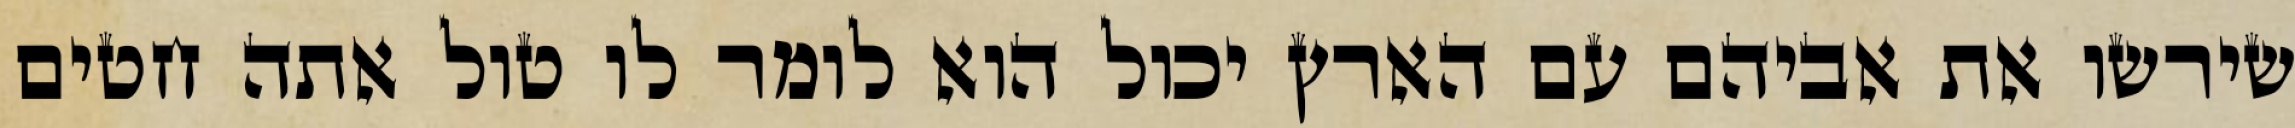
שירשו את אביהם עם הארץ יכול הוא לומר לו טול אתה חטים